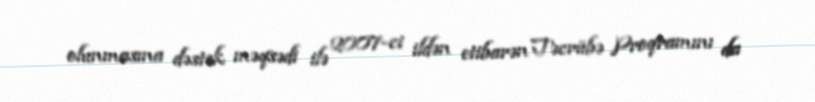
olunmasına dəstək məqsədi ilə 2007-ci ildən etibarən Təcrübə Proqramını da